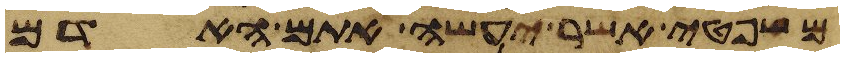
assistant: משפטי אשר יעשה אתם האדם